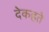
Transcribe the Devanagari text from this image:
देकहते